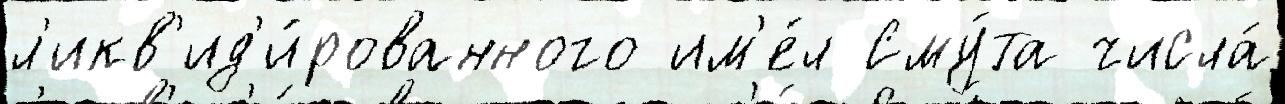
л'икв'ид'и́рованного им'е́л Сму́та числа́